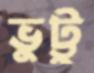
ভুট্টু